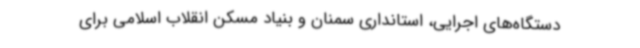
دستگاه‌های اجرایی، استانداری سمنان و بنیاد مسکن انقلاب اسلامی برای